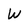
Character: W